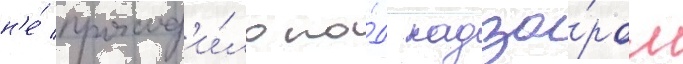
н'е́ проход'и́ло по́д надзо́ром